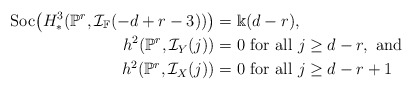
\begin{align*}\mathrm{Soc}\big(H^3_{*}(\mathbb{P}^r,\mathcal{I}_{\mathbb{F}}(-d+r-3))\big) &= \Bbbk(d-r),\\h^2(\mathbb{P}^r, \mathcal{I}_Y(j)) &= 0 \mbox{ for all } j \geq d-r, \mbox{ and }\\h^2(\mathbb{P}^r, \mathcal{I}_X(j)) &= 0 \mbox{ for all } j \geq d-r+1\end{align*}